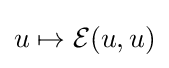
u\mapsto {\mathcal {E}}(u,u)